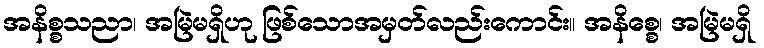
အနိစ္စသညာ၊ အမြဲမရှိဟု ဖြစ်သောအမှတ်လည်းကောင်း။ အနိစ္စေ၊ အမြဲမရှိ